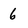
Character: 6